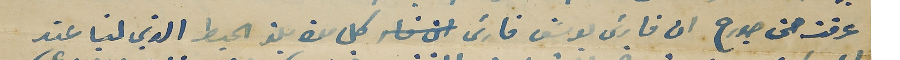
عرفت من جورح ان فارسَ يوسَف فارسَ كل مدة يلذ الحيط الذي لنا عند